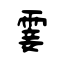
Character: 霎